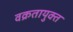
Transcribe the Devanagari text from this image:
वक्रतायुक्त